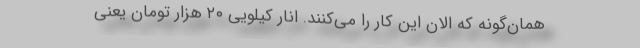
همان‌گونه که الان این‌ کار را می‌کنند. انار کیلویی ۲۰ هزار تومان یعنی